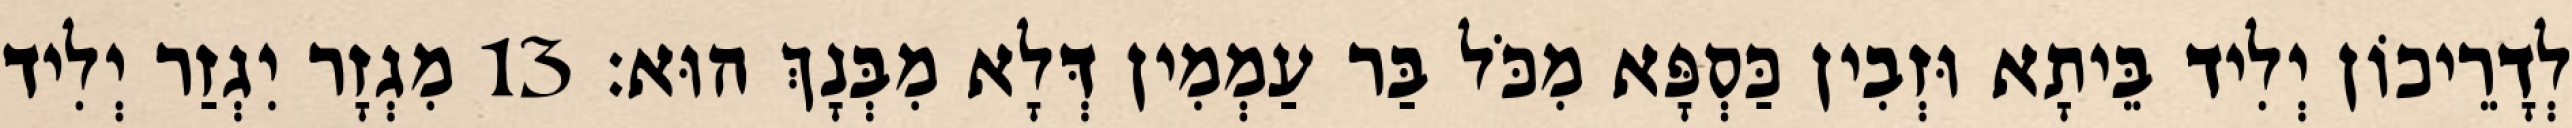
לְדָרֵיכוֹן יְלִיד בֵּיתָא וּזְבִין כַּסְפָּא מִכֹּל בַּר עַמְמִין דְּלָא מִבְּנָךְ הוּא׃ 13 מִגְזָר יִגְזַר יְלִיד